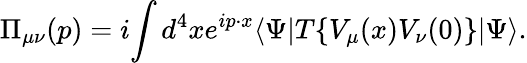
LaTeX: \Pi_{\mu\nu}(p)=i\! \int d^{4}xe^{ip\cdot x}\langle\Psi|T\{ V_{\mu}(x)V_{\nu}(0)\} |\Psi\rangle.